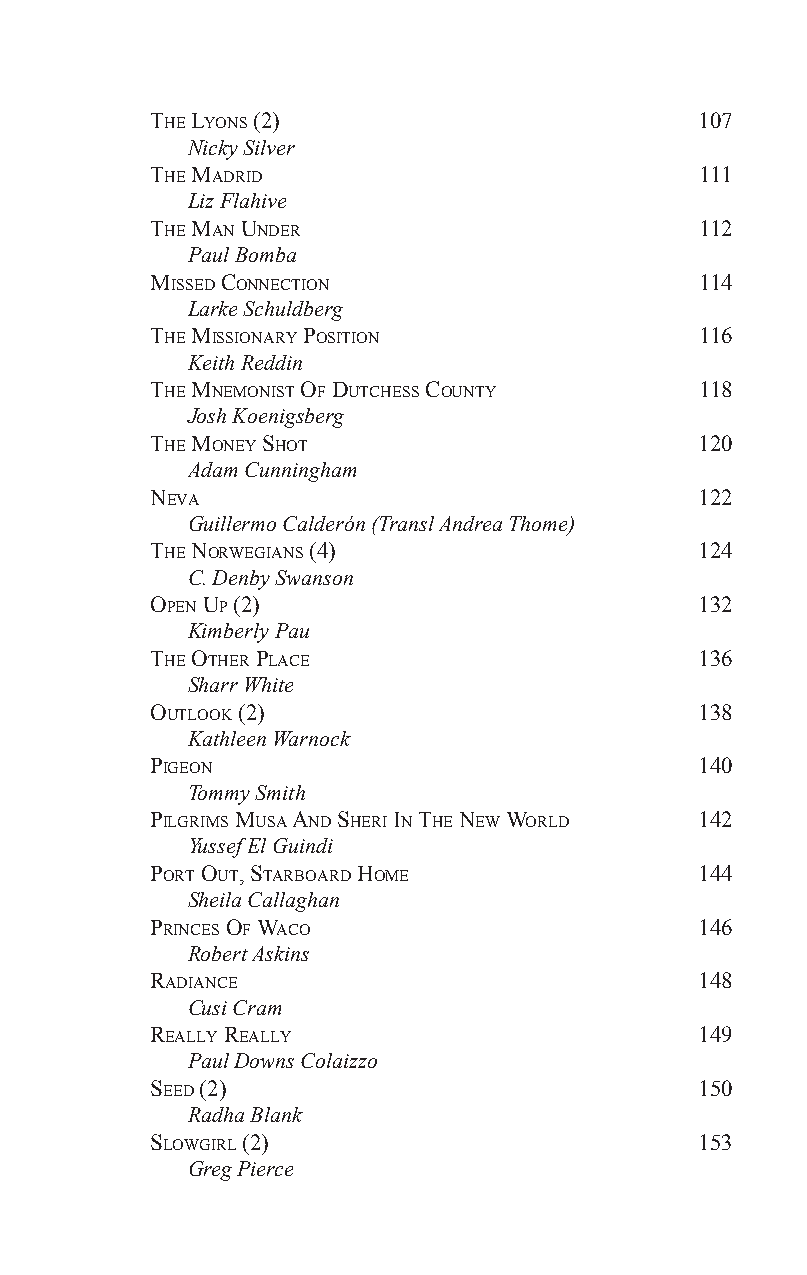
The lyons (2)                       107
 Nicky Silver
 The madrid                          111
 Liz Flahive
 The man under                       112
 Paul Bomba
 missed ConneCTion                   114
 Larke Schuldberg
 The missionary PosiTion             116
 Keith Reddin
 The mnemonisT of duTChess CounTy    118
 Josh Koenigsberg
 The money shoT                      120
 Adam Cunningham
 neva                                122
 Guillermo Calderón (Transl Andrea Thome)
 The norWegians (4)                  124
 C. Denby Swanson
 oPen uP (2)                         132
 Kimberly Pau
 The oTher PlaCe                     136
 Sharr White
 ouTlooK (2)                         138
 Kathleen Warnock
 Pigeon                              140
 Tommy Smith
 Pilgrims musa and sheri in The neW World 142
 Yussef El Guindi
 PorT ouT, sTarBoard home            144
 Sheila Callaghan
 PrinCes of WaCo                     146
 Robert Askins
 radianCe                            148
 Cusi Cram
 really really                       149
 Paul Downs Colaizzo
 seed (2)                            150
 Radha Blank
 sloWgirl (2)                        153
 Greg Pierce